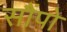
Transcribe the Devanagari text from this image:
सौंपो